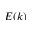
E ( k )